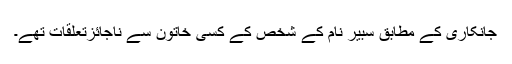
جانکاری کے مطابق سبیر نام کے شخص کے کسی خاتون سے ناجائزتعلقات تھے۔